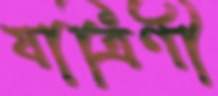
যাত্রিণী